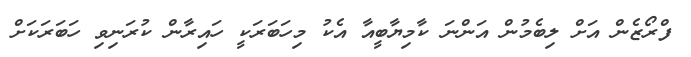
ފްރޯޒެން އަށް ލިބެމުން އަންނަ ކާމިޔާބީއާ އެކު މިހަބަރަކީ ހައިރާން ކުރަނިވި ހަބަރަކަށް